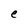
Character: e